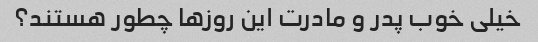
خیلی خوب پدر و مادرت این روزها چطور هستند؟